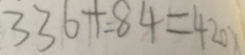
3 3 6 + 8 4 = 4 2 0 x